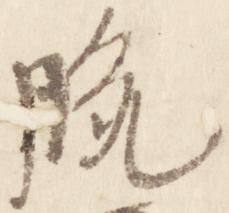
脱